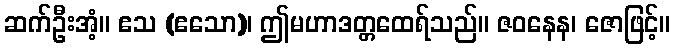
ဆက်ဦးအံ့။ ဧသ (ဧသော)၊ ဤမဟာဒတ္တထေရ်သည်။ ဇဝနေန၊ ဇောဖြင့်။